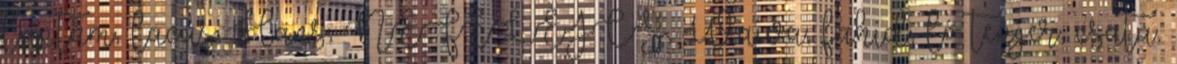
luptăm, lacus, Hans, NEFELEJCS, Wawa, fahíd, ló tenger, csata,